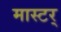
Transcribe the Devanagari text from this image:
मास्टर्